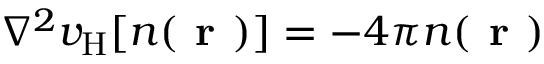
\nabla ^ { 2 } v _ { \mathrm { H } } [ n ( \textbf { r } ) ] = - 4 \pi n ( \textbf { r } )